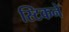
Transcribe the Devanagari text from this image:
स्टिकने